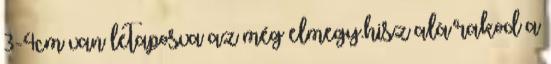
3-4cm van letaposva az még elmegy.hisz alá rakod a